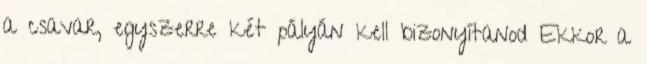
a csavar, egyszerre két pályán kell bizonyítanod Ekkor a